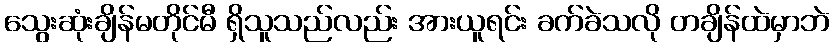
သွေးဆုံးချိန်မတိုင်မီ ရှိသူသည်လည်း အားယူရင်း ခက်ခဲသလို တချိန်ထဲမှာဘဲ